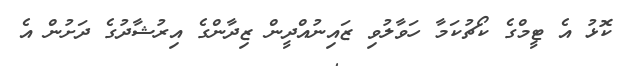
ކޮޅު އެ ޓީމްގެ ކޯޗުކަމާ ހަވާލުވި ޒައިނުއްދީން ޒިދާންގެ އިރުޝާދުގެ ދަށުން އެ